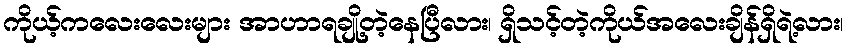
ကိုယ့်ကလေးလေးများ အာဟာရချို့တဲ့နေပြီလား၊ ရှိသင့်တဲ့ကိုယ်အလေးချိန်ရှိရဲ့လား၊